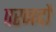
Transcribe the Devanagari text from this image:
परनदों